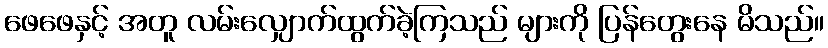
ဖေဖေနှင့် အတူ လမ်းလျှောက်ထွက်ခဲ့ကြသည် များကို ပြန်တွေးနေ မိသည်။